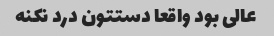
عالی بود واقعا دستتون درد نکنه